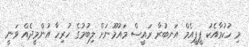
މި ހުކުމާއެކު ޕީޕީއެމް އަނބުރާ ރައީސް މައުމޫނަށް ލިބުމުގެ ހުރިހާ އުންމީދެއް ވަނީ